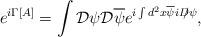
LaTeX: \begin{align*}e^{i\Gamma[A]}=\int{\cal D}\psi{\cal D}\overline\psi e^{i\int d^2x\overline\psi iD\!\!\!/\psi},\end{align*}